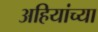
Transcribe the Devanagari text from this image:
अहियांच्या